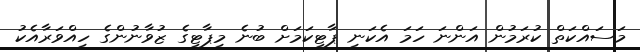
މަސައްކަތް ކުރަމުން އަންނަ ހަމަ އެކަނި ޕާޓީކަމަށް ބުނެ މިޕާޓީގެ ޒުވާނުންގެ ހިއްވަރާއެކު